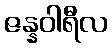
ဇန္နဝါရီလ